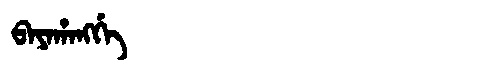
Manchu: ᠪᠠᠶᠠᡥᠠᠩᡤᡝ
Romanization: BAYAHANGGE